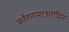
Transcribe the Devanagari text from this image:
प्रवेशण्याअगोदर